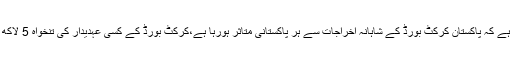
درخواست میں موقف اختیار کیا گیا ہے کہ پاکستان کرکٹ بورڈ کے شاہانہ اخراجات سے ہر پاکستانی متاثر ہورہا ہے،کرکٹ بورڈ کے کسی عہدیدار کی تنخواہ 5 لاکھ روپے سے زیادہ نہیں ہونی چاہیے۔